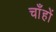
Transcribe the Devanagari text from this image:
चाँहों